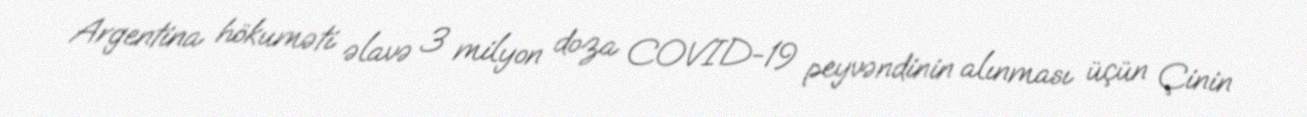
Argentina hökuməti əlavə 3 milyon doza COVID-19 peyvəndinin alınması üçün Çinin